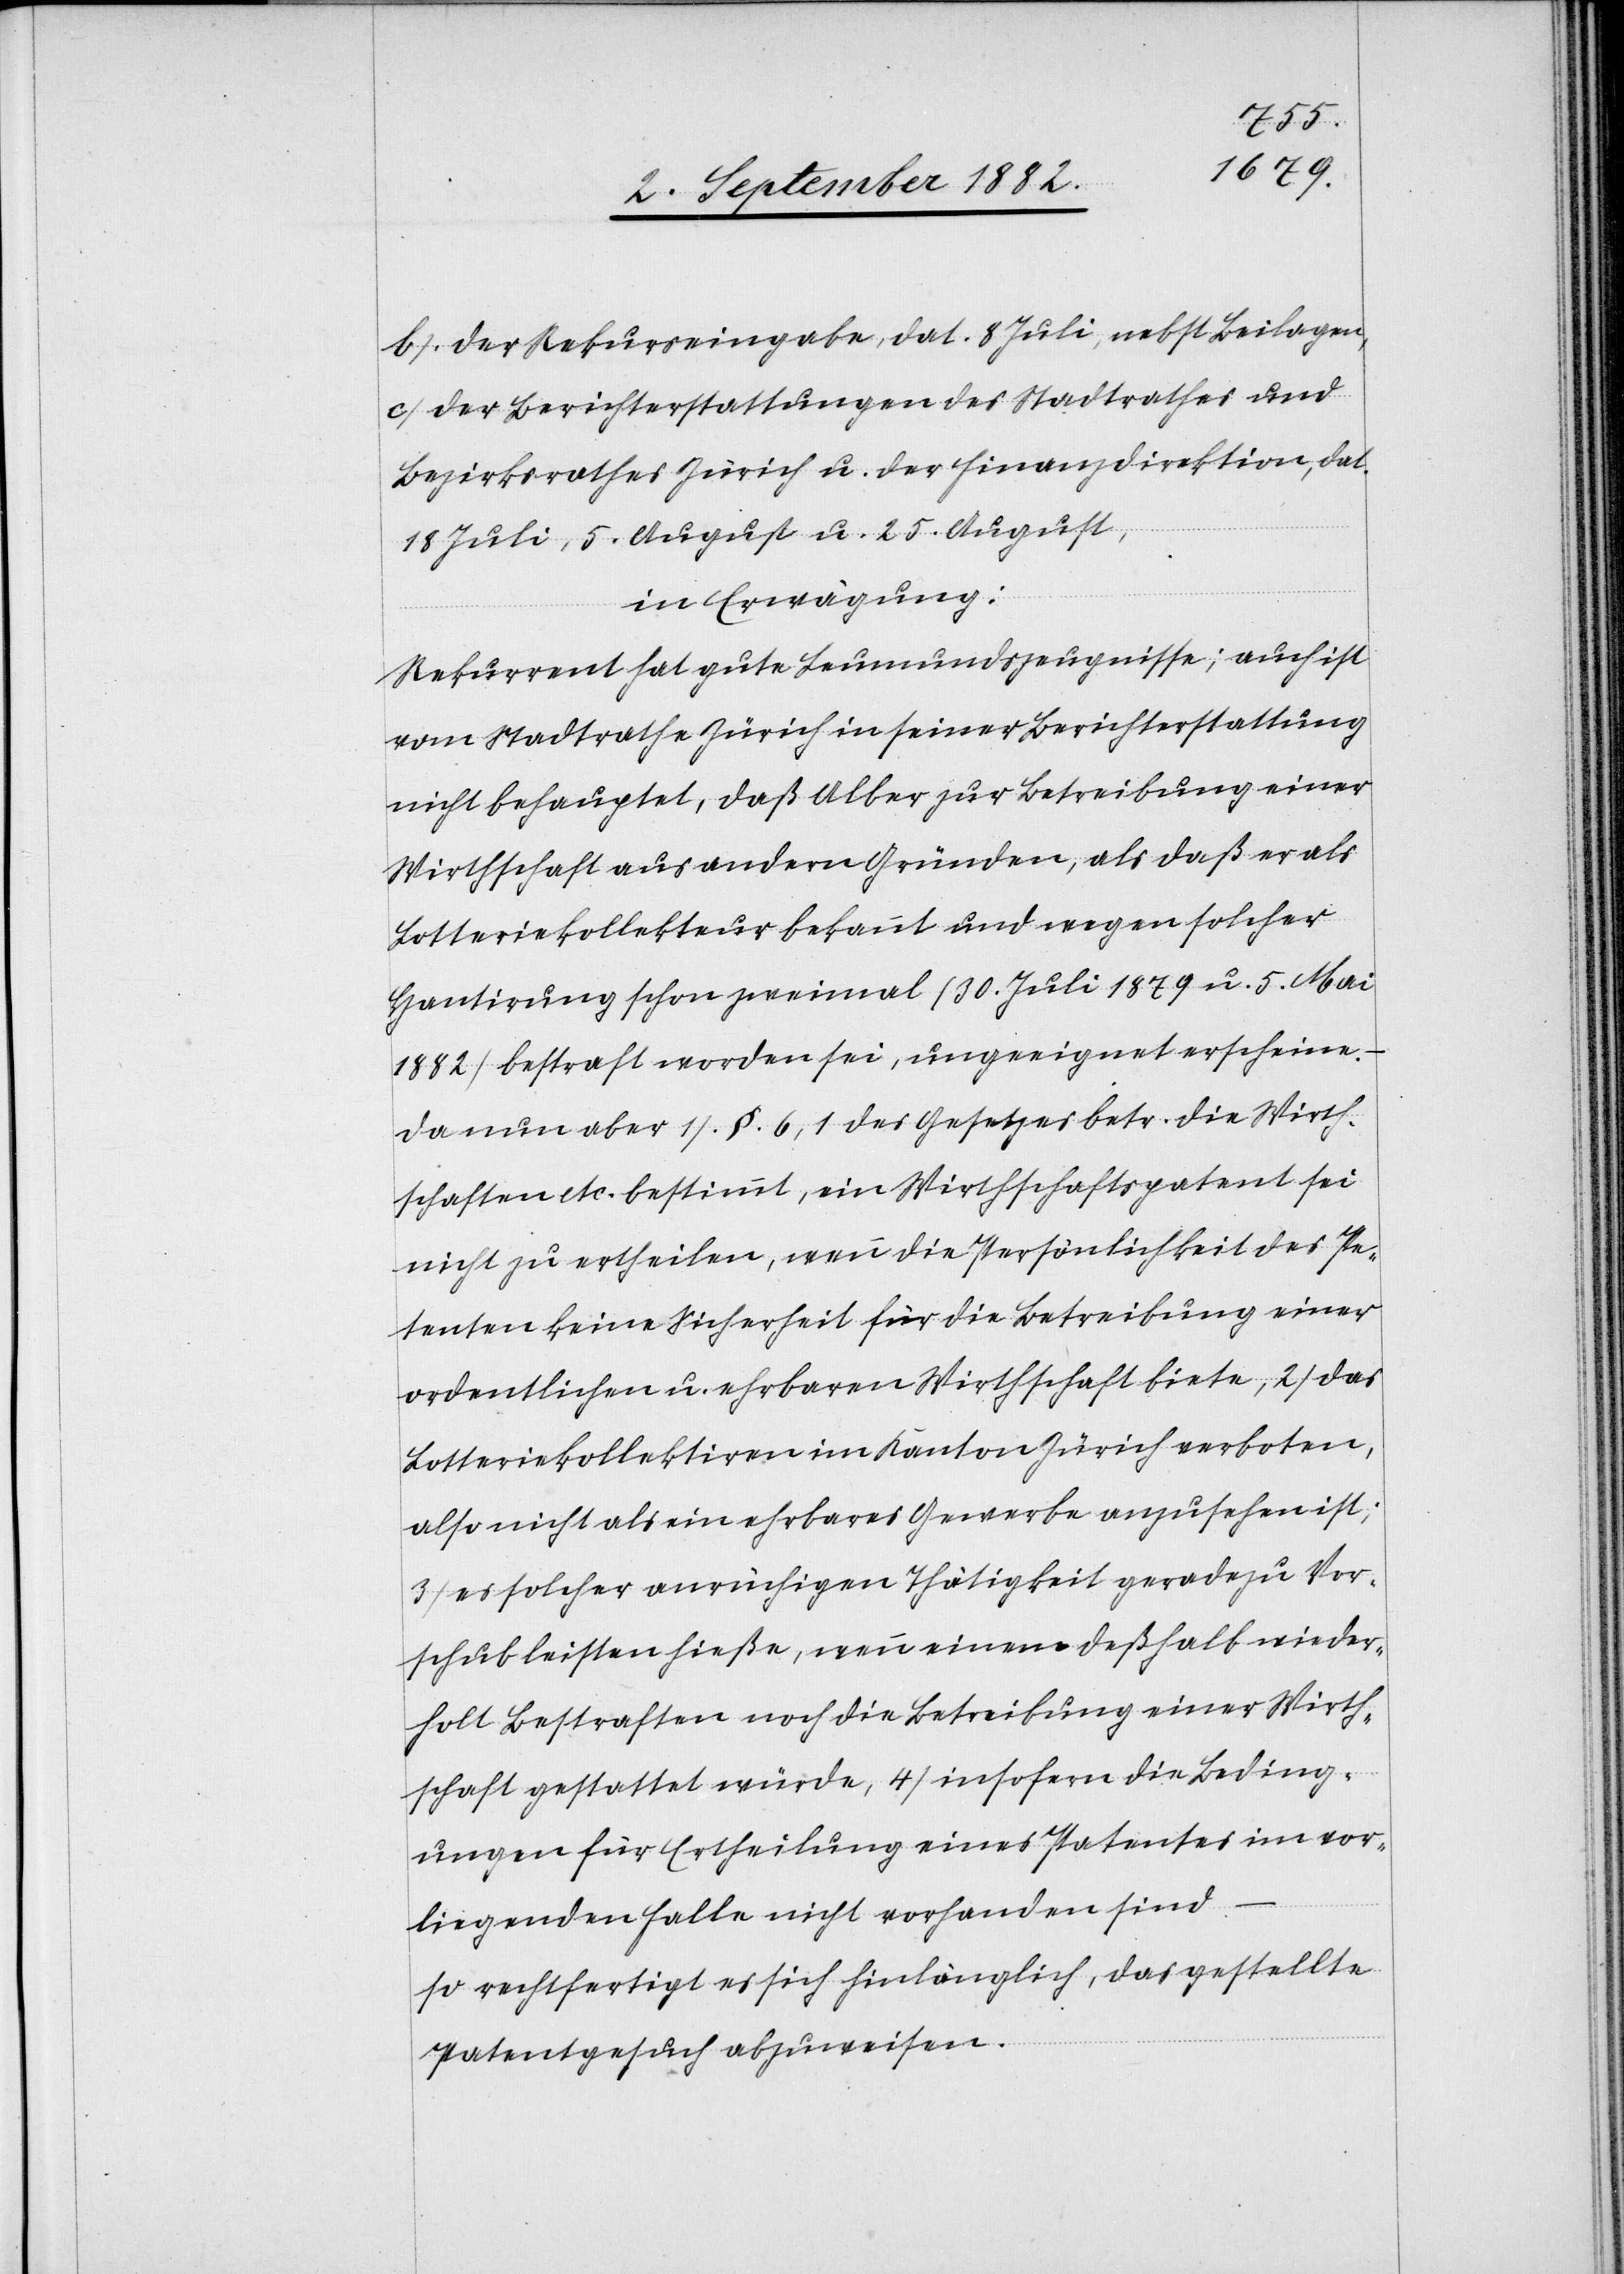
b) der Rekurseingabe, dat. 8. Juli, nebst Beilagen,
c) der Berichterstattung des Stadtrathes und
18. Juli, 5. August u. 25. August,
in Erwägung:
Rekurrent hat gute Leumundszeugnisse; auch ist
vom Stadtrathe Zürich in seiner Berichterstattung
nicht behauptet, daß Alber zur Betreibung einer
Wirthschaft aus andern Gründen, als daß er als
Lotteriekollekteur bekannt und wegen solcher
Hausirung schon zweimal (30. Juli 1879 u. 5. Mai
1882) bestraft worden sei, ungeeignet erscheine.
Da nun aber 1) §. 6, 1 des Gesetzes betr. die Wirth¬
schaften etc. bestimmt, ein Wirthschaftspatent sei
nicht zu ertheilen, wenn die Persönlichkeit des Pe¬
tenten keine Sicherheit für die Betreibung einer
ordentlichen u. ehrbaren Wirthschaft biete, 2) das
Lotteriekollektiren im Kanton Zürich verboten,
also nicht als ein ehrbares Gewerbe anzusehen ist;
3) es solcher anrüchigen Thätigkeit geradezu Vor¬
schub leisten hieße, wenn einem deßhalb wieder¬
holt Bestraften gestattet würde, 4) insofern die Beding¬
ungen für Ertheilung eines Patentes im vor¬
liegenden Falle nicht vorhanden sind
so rechtfertigt es sich hinlänglich, das gestellte
Patentgesuch abzuweisen.